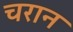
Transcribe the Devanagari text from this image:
चरान